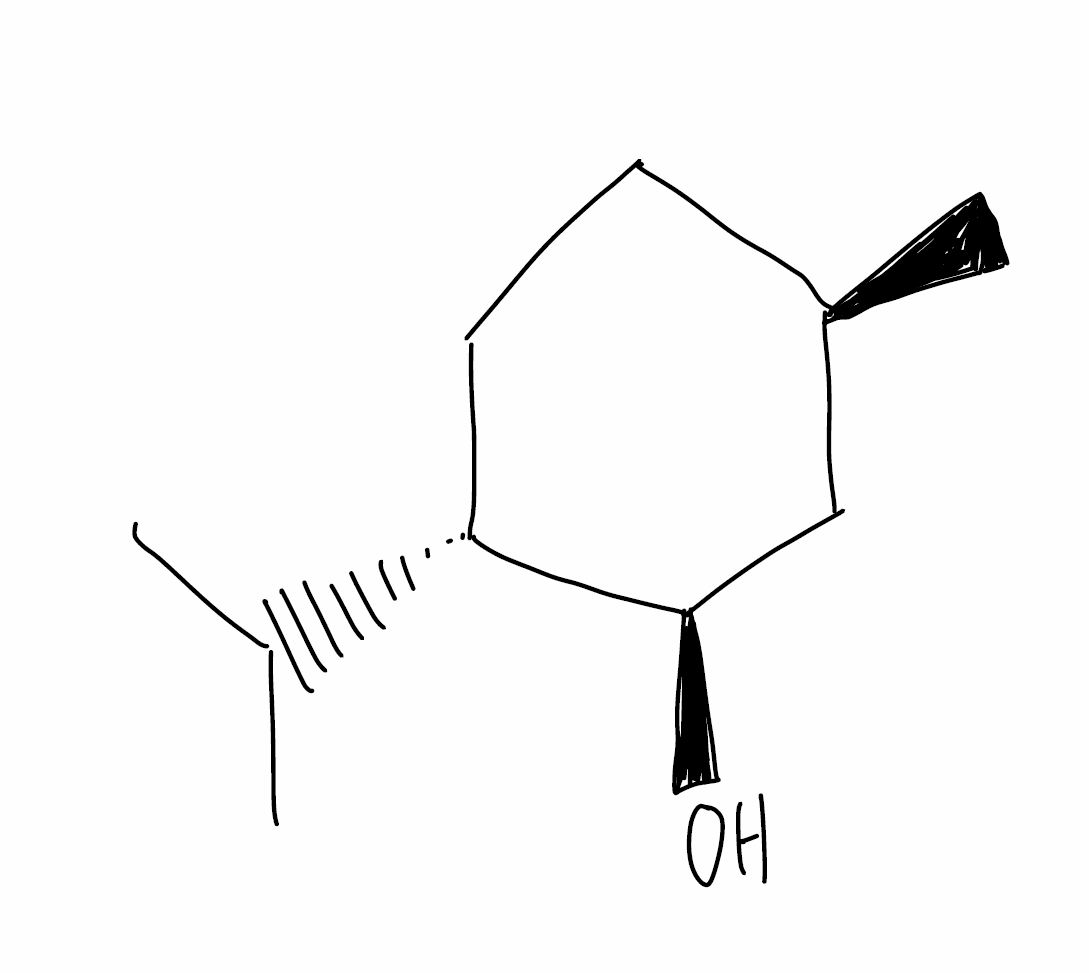
Simplified molecular-input line-entry system (SMILES) notation of the given molecule:
C[C@@H]1CC[C@H]([C@@H](C1)O)C(C)C